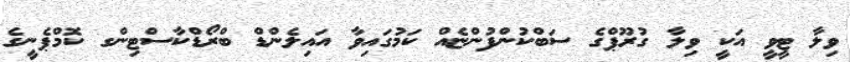
ވިލާ ޓީވީ އަކީ ވިލާ ގުރޫޕްގެ ސަބްކުންފުންޏެއް ކަމުގައިވާ އައިލެންޑް ބްރޯޑްކާސްޓިންގ ކޮމްޕެނީގެ